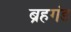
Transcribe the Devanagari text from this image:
ब्रहगंड